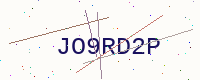
Text: JO9RD2P